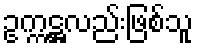
ဥက္ကဋ္ဌလည်းဖြစ်သူ